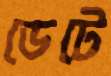
ডেটে